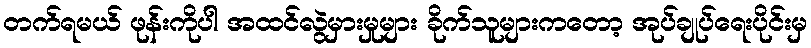
တက်ရမယ် ဖုန်းကိုပါ အထင်လွဲမှားမှုများ ခိုက်သူများကတော့ အုပ်ချုပ်ရေးပိုင်းမှ